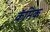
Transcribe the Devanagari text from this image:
कॅमिक